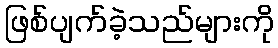
ဖြစ်ပျက်ခဲ့သည်များကို